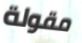
مقولة